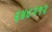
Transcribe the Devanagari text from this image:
६४८२१२